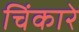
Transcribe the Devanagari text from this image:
चिंकारे